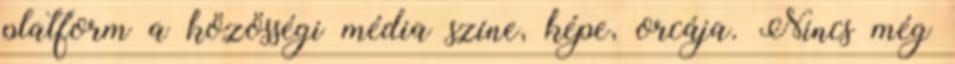
platform a közösségi média színe, képe, orcája. Nincs még